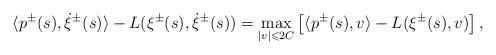
LaTeX: \begin{align*}\langle p^\pm(s),\dot\xi^\pm(s)\rangle-L(\xi^\pm(s),\dot\xi^\pm(s))=\max_{|v|\leqslant 2C}\left[\langle p^\pm(s),v\rangle-L(\xi^\pm(s),v)\right],\end{align*}